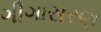
ગીગાસરણ